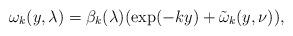
LaTeX: \begin{align*} \omega_k(y, \lambda)= \beta_k(\lambda) (\exp(- k y) + \tilde \omega_k(y, \nu)),\end{align*}